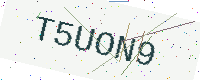
Text: T5UON9